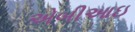
એબીઆઇ